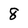
Character: 8